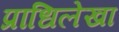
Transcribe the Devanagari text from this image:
प्राधिलेखा